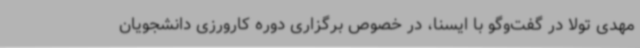
مهدی تولا در گفت‌وگو با ایسنا، در خصوص برگزاری دوره کارورزی دانشجویان